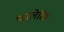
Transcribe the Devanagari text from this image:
फालेरिस